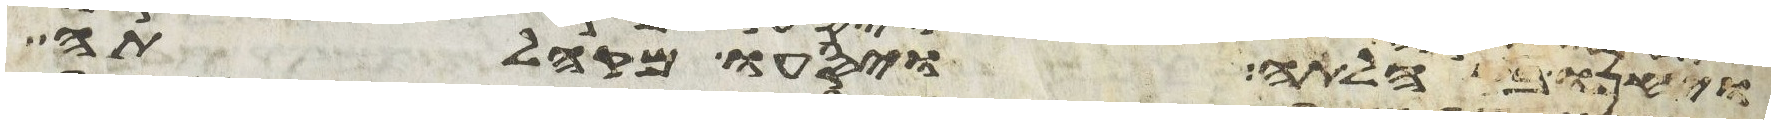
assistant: ויחנו בקהלתה ויסעו מקהלתה